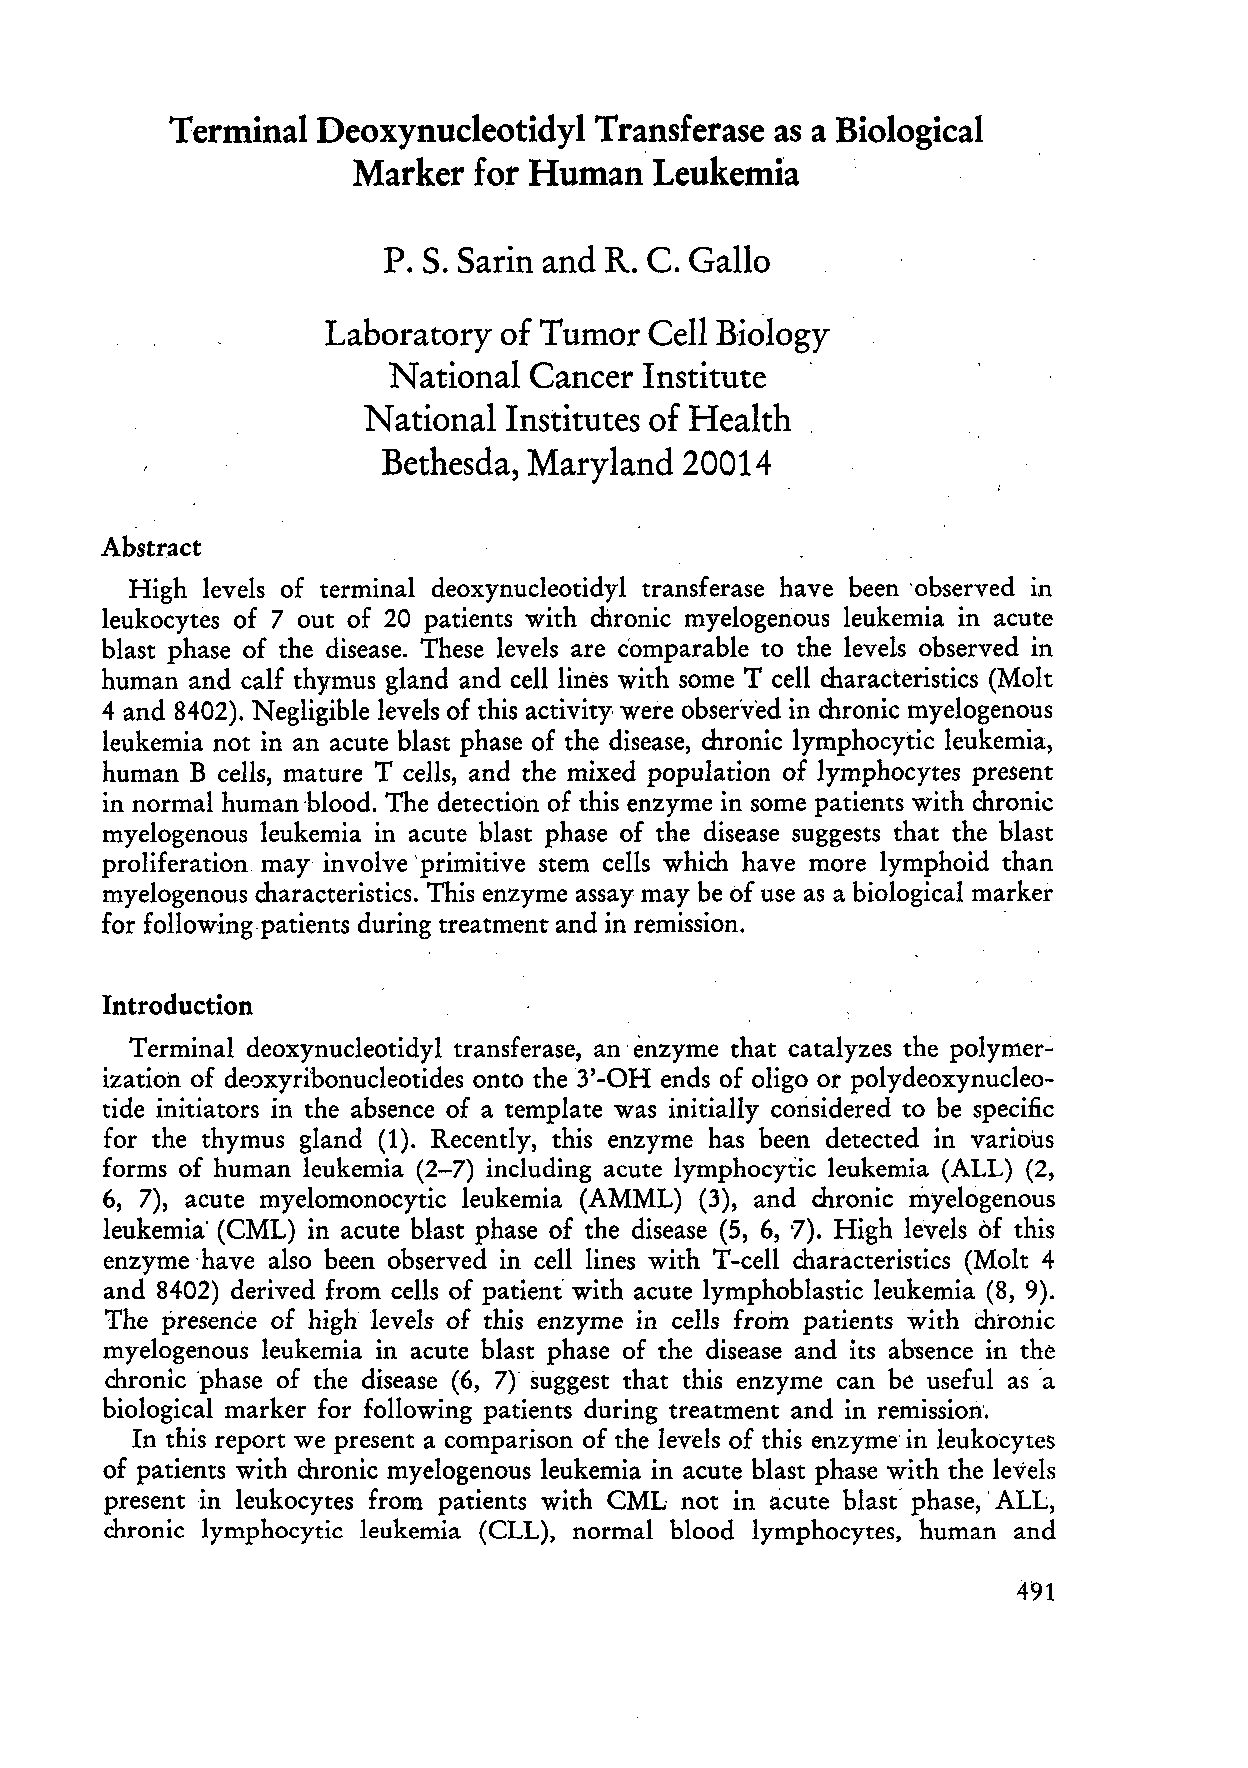
Terminal  Deoxynucleotidyl  Transferase as a Biological
 Marker  for Human   Leukemia
 P. S. Sarin and R. C. Gallo
 Laboratory of Tumor  Cell Biology
 National Cancer  Institute
 National Institutes of Health
 Bethesda, Maryland  20014
 Abstract
 High levels of terminal deoxynuc1eotidyl transferase have been 'observed in
 leukocytes of 7 out of 20 patients with chronic myelogenous leukemia in acute
 blast phase of the disease. These levels are comparable to the levels observed in
 human and calf thymus gland and celliines with some T ceU characteristics (Molt
 4 and 8402). Negligible levels of this activity were observed in chronic myelogenous
 leukemia not in an acute blast phase of the disease, chronic lymphocytic leukemia,
 human B ceIls, mature T ceIls, and the mixed population of lymphocytes present
 in normal human 'blood. The detectiOn of this enzyme in some patients with cluonic
 myelogenous leukemia in acute blast phase of the disease suggests that the blast
 proliferation may' involve 'primitive stern ceUs which have more lymphoid than
 myelogenous characteristics. This enzyme assay may be of use as a biological marker
 for following,patients du ring treatment and in remission. '
 Introduction
 Terminal deoxynuc1eotidyl transferase, an' enzyme that catalyzes the polymer
 ization of deoxyribonuc1eotides onto the 3'- OH ends of oligo or polydeoxynuc1eo
 tide initiators in the absence of a template was initially considered to be specific
 for the thymus gland (1). Recently, this enzyme has been detected in various
 forms of human leukemia (2-7) including acute lymphocytic leukemia (ALL) (2,
 6, 7), acute myelomonocytic leukemia (AMML) (3), and chronic myelogenous
 leukemia' (CML) in acute blast phase of the disease (5, 6, '7). High levels oE this
 enzyme 'have also been observed in cell lines with T-cell characteristics (Molt 4
 and 8402) derived from cells of patient' with acute lymphoblastic leukemia (8, 9).
 The presence of high levels of this enzyme in cells froin patients with chronic
 myelogenous leukemia in acute blast phase of the disease and its absence in the
 chronic 'phase of the disease (6, 7) suggest that this enzyme can be useful as 'a
 biological marker for following patients during treatment and in remission'.
 In this report we present a comparison of the levels of this enzyme in leukocytes
 of patients with chronic myelogenous leukemia in acute blast phase with the levels
 present in leukocytes from patients with CML not in acute blast' phase,' ALL,
 chronic lymphocytic leukemia (CLL), normal blood lymphocytes, human and
 491